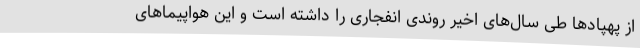
از پهپادها طی سال‌های اخیر روندی انفجاری را داشته است و این هواپیماهای